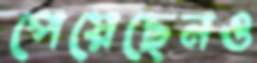
পেয়েছেনও